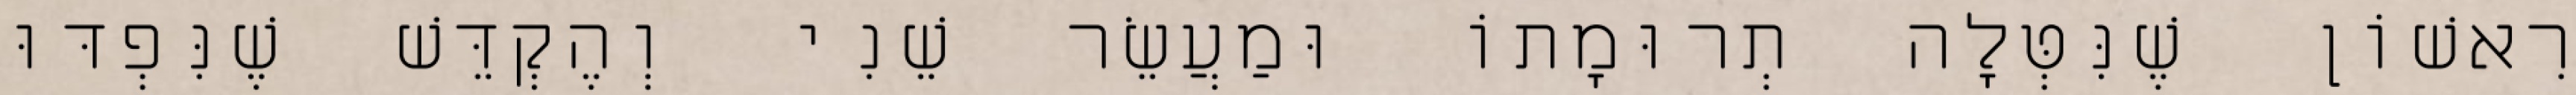
רִאשׁוֹן שֶׁנִּטְּלָה תְרוּמָתוֹ וּמַעֲשֵׂר שֵׁנִי וְהֶקְדֵּשׁ שֶׁנִּפְדּוּ